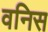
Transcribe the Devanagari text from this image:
वनिस